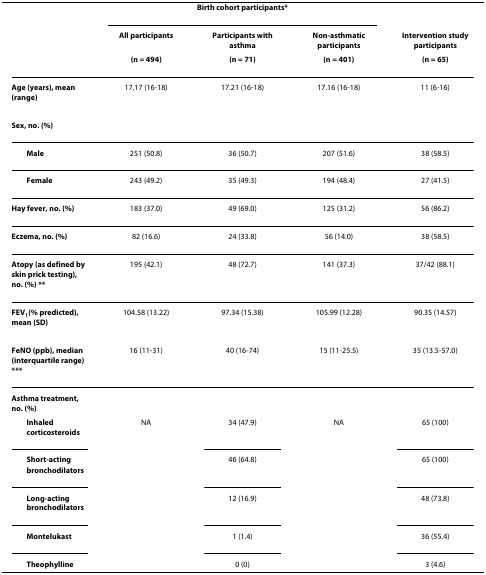
<table><thead><tr><td></td><td colspan="3"><b>Birth cohort participants*</b></td><td></td></tr><tr><td></td><td><b>All participants</b></td><td><b>Participants with asthma</b></td><td><b>Non-asthmatic participants</b></td><td><b>Intervention study participants</b></td></tr><tr><td></td><td><b>(n = 494)</b></td><td><b>(n = 71)</b></td><td><b>(n = 401)</b></td><td><b>(n = 65)</b></td></tr></thead><tbody><tr><td><b>Age (years), mean (range)</b></td><td>17.17 (16-18)</td><td>17.21 (16-18)</td><td>17.16 (16-18)</td><td>11 (6-16)</td></tr><tr><td><b>Sex, no. (%)</b></td><td></td><td></td><td></td><td></td></tr><tr><td> <b>Male</b></td><td>251 (50.8)</td><td>36 (50.7)</td><td>207 (51.6)</td><td>38 (58.5)</td></tr><tr><td> <b>Female</b></td><td>243 (49.2)</td><td>35 (49.3)</td><td>194 (48.4)</td><td>27 (41.5)</td></tr><tr><td><b>Hay fever, no. (%)</b></td><td>183 (37.0)</td><td>49 (69.0)</td><td>125 (31.2)</td><td>56 (86.2)</td></tr><tr><td><b>Eczema, no. (%)</b></td><td>82 (16.6)</td><td>24 (33.8)</td><td>56 (14.0)</td><td>38 (58.5)</td></tr><tr><td><b>Atopy (as defined by skin prick testing), no. (%) **</b></td><td>195 (42.1)</td><td>48 (72.7)</td><td>141 (37.3)</td><td>37/42 (88.1)</td></tr><tr><td><b>FEV</b><sub><b>1</b></sub><b>(% predicted), mean (SD)</b></td><td>104.58 (13.22)</td><td>97.34 (15.38)</td><td>105.99 (12.28)</td><td>90.35 (14.57)</td></tr><tr><td><b>FeNO (ppb), median (interquartile range) ***</b></td><td>16 (11-31)</td><td>40 (16-74)</td><td>15 (11-25.5)</td><td>35 (13.5-57.0)</td></tr><tr><td><b>Asthma treatment, no. (%)</b></td><td></td><td></td><td></td><td></td></tr><tr><td> <b>Inhaled corticosteroids</b></td><td>NA</td><td>34 (47.9)</td><td>NA</td><td>65 (100)</td></tr><tr><td> <b>Short-acting bronchodilators</b></td><td></td><td>46 (64.8)</td><td></td><td>65 (100)</td></tr><tr><td> <b>Long-acting bronchodilators</b></td><td></td><td>12 (16.9)</td><td></td><td>48 (73.8)</td></tr><tr><td> <b>Montelukast</b></td><td></td><td>1 (1.4)</td><td></td><td>36 (55.4)</td></tr><tr><td> <b>Theophylline</b></td><td></td><td>0 (0)</td><td></td><td>3 (4.6)</td></tr></tbody></table>